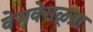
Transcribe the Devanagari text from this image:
वेगवेगळ्य़ा